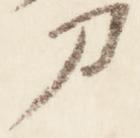
刀